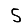
Digit: 5